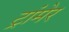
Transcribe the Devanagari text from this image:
ट्रांमेर